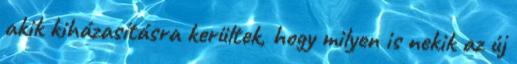
akik kiházasításra kerültek, hogy milyen is nekik az új